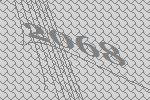
2068